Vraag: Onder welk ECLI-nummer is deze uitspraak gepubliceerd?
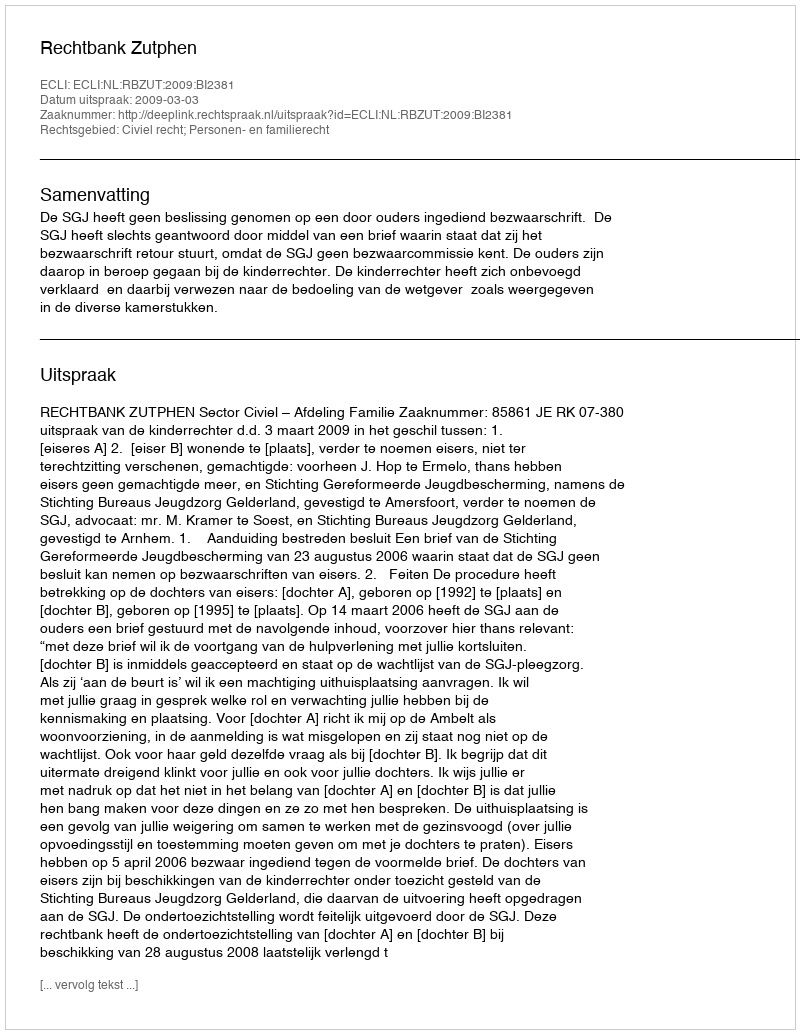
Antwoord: ECLI:NL:RBZUT:2009:BI2381